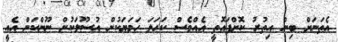
އެތަނަށް ބިން އިތުރު ކޮށްފައޮތީ އެއްވެސް ކަހަލަ ހަމަޔަކުން އުސޫލަކުން ނޫންކަން އެއީ